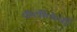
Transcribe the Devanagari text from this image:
कलातत्वों